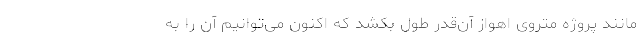
مانند پروژه متروی اهواز آن‌قدر طول بکشد که اکنون می‌توانیم آن را به